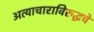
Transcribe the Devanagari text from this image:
अत्याचाराविरुद्धचे